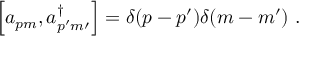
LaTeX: \Big [ a _ { p m } , a _ { p ^ { \prime } m { \prime } } ^ { \dagger } \Big ] = \delta ( p - p ^ { \prime } ) \delta ( m - m ^ { \prime } ) \ .